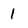
Character: 1